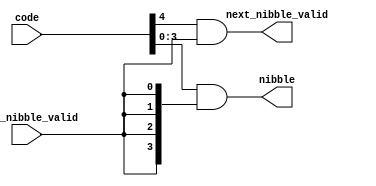
module number_decoder(
   //output
   next_nibble_valid,
   nibble,

   //input
   code,
   this_nibble_valid
);

output next_nibble_valid;
output[3:0] nibble;

input[4:0] code;
input this_nibble_valid;

assign next_nibble_valid = code[4] & this_nibble_valid;
assign nibble = code[3:0] & {4{this_nibble_valid}};


endmodule